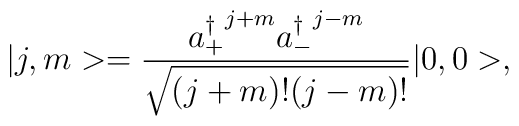
\vert j,m> = \frac{{a_+^\dagger}^{j+m} {a_-^\dagger}^{j-m}}{\sqrt{(j+m)! (j-m)!}}\vert 0,0>,